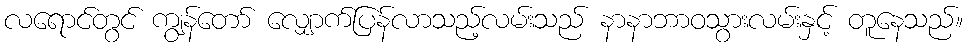
လရောင်တွင် ကျွန်တော် လျှောက်ပြန်လာသည့်လမ်းသည် နာနာဘာဝသွားလမ်းနှင့် တူနေသည်။